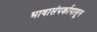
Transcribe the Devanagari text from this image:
भाषासंपर्कापासून